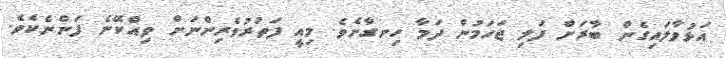
އަޅުވާލައިގެން ބާރަށް ފަލި ޖަހަމުން ދަމާ ހިނގާށެވެ. މިއީ ފަތުރުވެރިންނަށް ވިއްކޭނެ ފަންނެކެވެ.